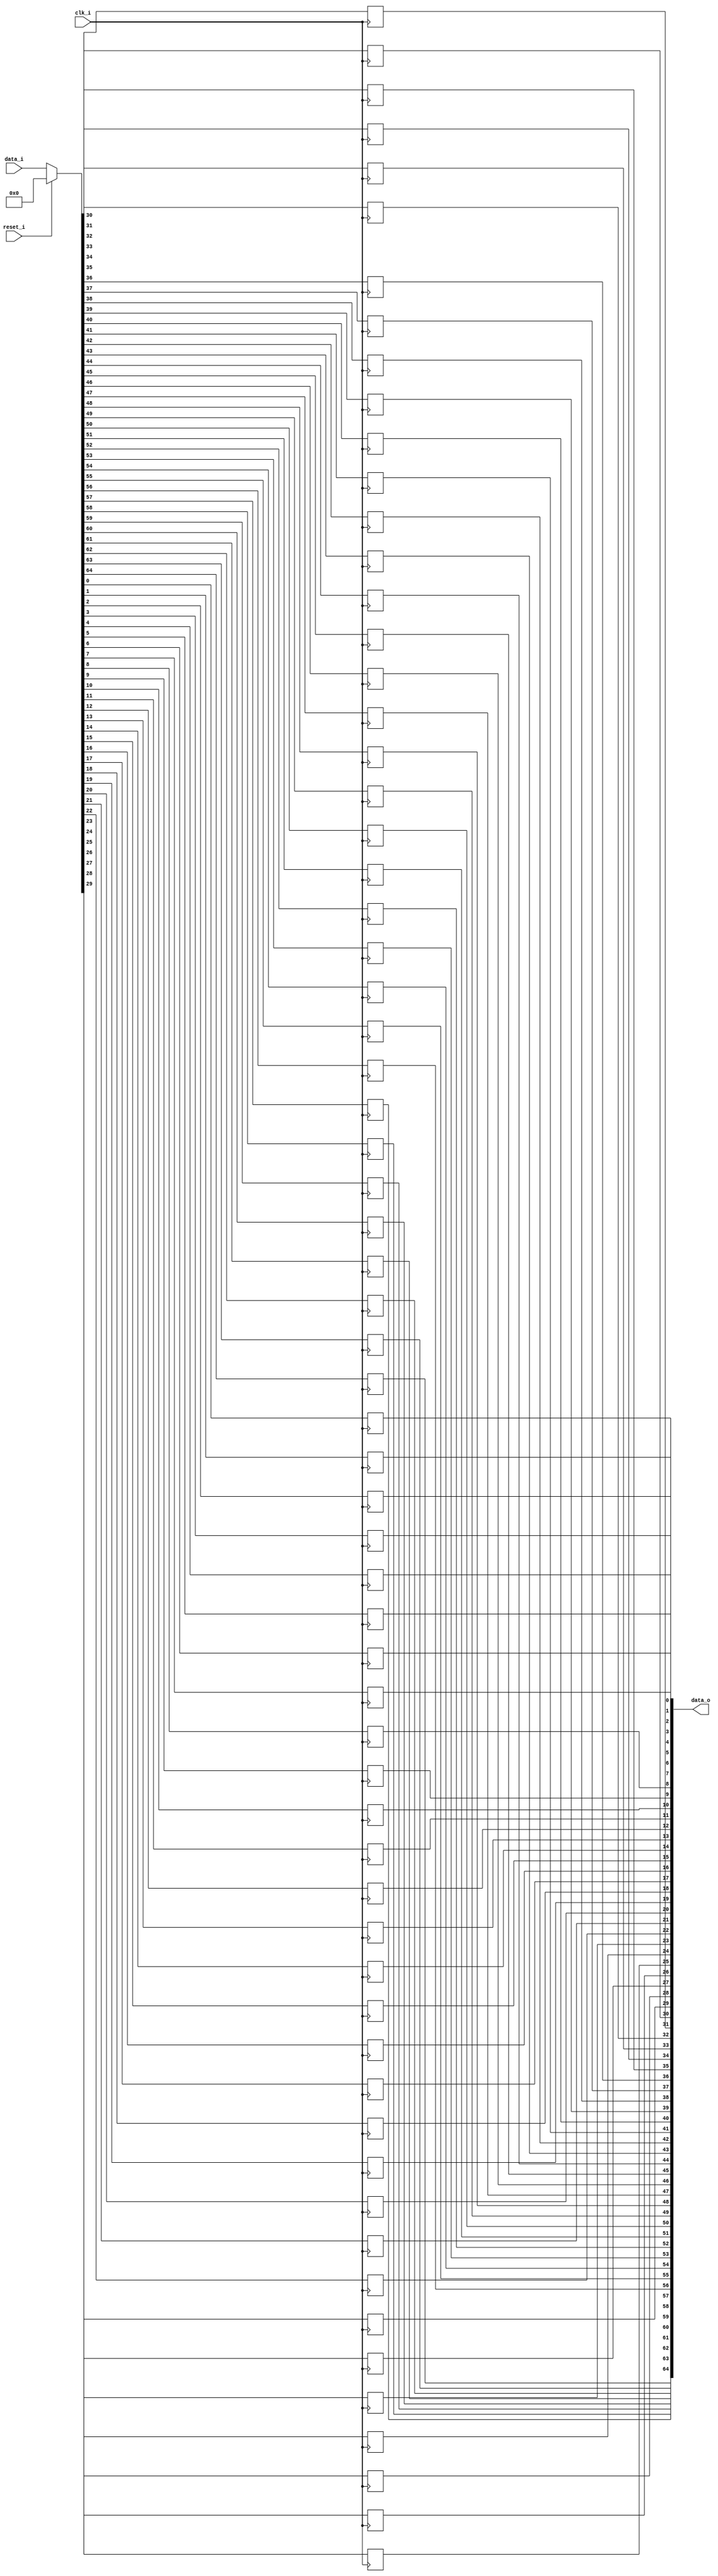
// This program was cloned from: https://github.com/NYU-MLDA/OpenABC
// License: BSD 3-Clause "New" or "Revised" License

module bsg_dff_reset_width_p65
(
  clk_i,
  reset_i,
  data_i,
  data_o
);

  input [64:0] data_i;
  output [64:0] data_o;
  input clk_i;
  input reset_i;
  wire [64:0] data_o;
  wire N0,N1,N2,N3,N4,N5,N6,N7,N8,N9,N10,N11,N12,N13,N14,N15,N16,N17,N18,N19,N20,N21,
  N22,N23,N24,N25,N26,N27,N28,N29,N30,N31,N32,N33,N34,N35,N36,N37,N38,N39,N40,N41,
  N42,N43,N44,N45,N46,N47,N48,N49,N50,N51,N52,N53,N54,N55,N56,N57,N58,N59,N60,N61,
  N62,N63,N64,N65,N66,N67;
  reg data_o_64_sv2v_reg,data_o_63_sv2v_reg,data_o_62_sv2v_reg,data_o_61_sv2v_reg,
  data_o_60_sv2v_reg,data_o_59_sv2v_reg,data_o_58_sv2v_reg,data_o_57_sv2v_reg,
  data_o_56_sv2v_reg,data_o_55_sv2v_reg,data_o_54_sv2v_reg,data_o_53_sv2v_reg,
  data_o_52_sv2v_reg,data_o_51_sv2v_reg,data_o_50_sv2v_reg,data_o_49_sv2v_reg,
  data_o_48_sv2v_reg,data_o_47_sv2v_reg,data_o_46_sv2v_reg,data_o_45_sv2v_reg,data_o_44_sv2v_reg,
  data_o_43_sv2v_reg,data_o_42_sv2v_reg,data_o_41_sv2v_reg,data_o_40_sv2v_reg,
  data_o_39_sv2v_reg,data_o_38_sv2v_reg,data_o_37_sv2v_reg,data_o_36_sv2v_reg,
  data_o_35_sv2v_reg,data_o_34_sv2v_reg,data_o_33_sv2v_reg,data_o_32_sv2v_reg,
  data_o_31_sv2v_reg,data_o_30_sv2v_reg,data_o_29_sv2v_reg,data_o_28_sv2v_reg,
  data_o_27_sv2v_reg,data_o_26_sv2v_reg,data_o_25_sv2v_reg,data_o_24_sv2v_reg,data_o_23_sv2v_reg,
  data_o_22_sv2v_reg,data_o_21_sv2v_reg,data_o_20_sv2v_reg,data_o_19_sv2v_reg,
  data_o_18_sv2v_reg,data_o_17_sv2v_reg,data_o_16_sv2v_reg,data_o_15_sv2v_reg,
  data_o_14_sv2v_reg,data_o_13_sv2v_reg,data_o_12_sv2v_reg,data_o_11_sv2v_reg,
  data_o_10_sv2v_reg,data_o_9_sv2v_reg,data_o_8_sv2v_reg,data_o_7_sv2v_reg,data_o_6_sv2v_reg,
  data_o_5_sv2v_reg,data_o_4_sv2v_reg,data_o_3_sv2v_reg,data_o_2_sv2v_reg,
  data_o_1_sv2v_reg,data_o_0_sv2v_reg;
  assign data_o[64] = data_o_64_sv2v_reg;
  assign data_o[63] = data_o_63_sv2v_reg;
  assign data_o[62] = data_o_62_sv2v_reg;
  assign data_o[61] = data_o_61_sv2v_reg;
  assign data_o[60] = data_o_60_sv2v_reg;
  assign data_o[59] = data_o_59_sv2v_reg;
  assign data_o[58] = data_o_58_sv2v_reg;
  assign data_o[57] = data_o_57_sv2v_reg;
  assign data_o[56] = data_o_56_sv2v_reg;
  assign data_o[55] = data_o_55_sv2v_reg;
  assign data_o[54] = data_o_54_sv2v_reg;
  assign data_o[53] = data_o_53_sv2v_reg;
  assign data_o[52] = data_o_52_sv2v_reg;
  assign data_o[51] = data_o_51_sv2v_reg;
  assign data_o[50] = data_o_50_sv2v_reg;
  assign data_o[49] = data_o_49_sv2v_reg;
  assign data_o[48] = data_o_48_sv2v_reg;
  assign data_o[47] = data_o_47_sv2v_reg;
  assign data_o[46] = data_o_46_sv2v_reg;
  assign data_o[45] = data_o_45_sv2v_reg;
  assign data_o[44] = data_o_44_sv2v_reg;
  assign data_o[43] = data_o_43_sv2v_reg;
  assign data_o[42] = data_o_42_sv2v_reg;
  assign data_o[41] = data_o_41_sv2v_reg;
  assign data_o[40] = data_o_40_sv2v_reg;
  assign data_o[39] = data_o_39_sv2v_reg;
  assign data_o[38] = data_o_38_sv2v_reg;
  assign data_o[37] = data_o_37_sv2v_reg;
  assign data_o[36] = data_o_36_sv2v_reg;
  assign data_o[35] = data_o_35_sv2v_reg;
  assign data_o[34] = data_o_34_sv2v_reg;
  assign data_o[33] = data_o_33_sv2v_reg;
  assign data_o[32] = data_o_32_sv2v_reg;
  assign data_o[31] = data_o_31_sv2v_reg;
  assign data_o[30] = data_o_30_sv2v_reg;
  assign data_o[29] = data_o_29_sv2v_reg;
  assign data_o[28] = data_o_28_sv2v_reg;
  assign data_o[27] = data_o_27_sv2v_reg;
  assign data_o[26] = data_o_26_sv2v_reg;
  assign data_o[25] = data_o_25_sv2v_reg;
  assign data_o[24] = data_o_24_sv2v_reg;
  assign data_o[23] = data_o_23_sv2v_reg;
  assign data_o[22] = data_o_22_sv2v_reg;
  assign data_o[21] = data_o_21_sv2v_reg;
  assign data_o[20] = data_o_20_sv2v_reg;
  assign data_o[19] = data_o_19_sv2v_reg;
  assign data_o[18] = data_o_18_sv2v_reg;
  assign data_o[17] = data_o_17_sv2v_reg;
  assign data_o[16] = data_o_16_sv2v_reg;
  assign data_o[15] = data_o_15_sv2v_reg;
  assign data_o[14] = data_o_14_sv2v_reg;
  assign data_o[13] = data_o_13_sv2v_reg;
  assign data_o[12] = data_o_12_sv2v_reg;
  assign data_o[11] = data_o_11_sv2v_reg;
  assign data_o[10] = data_o_10_sv2v_reg;
  assign data_o[9] = data_o_9_sv2v_reg;
  assign data_o[8] = data_o_8_sv2v_reg;
  assign data_o[7] = data_o_7_sv2v_reg;
  assign data_o[6] = data_o_6_sv2v_reg;
  assign data_o[5] = data_o_5_sv2v_reg;
  assign data_o[4] = data_o_4_sv2v_reg;
  assign data_o[3] = data_o_3_sv2v_reg;
  assign data_o[2] = data_o_2_sv2v_reg;
  assign data_o[1] = data_o_1_sv2v_reg;
  assign data_o[0] = data_o_0_sv2v_reg;

  always @(posedge clk_i) begin
    if(1'b1) begin
      data_o_64_sv2v_reg <= N67;
    end 
  end


  always @(posedge clk_i) begin
    if(1'b1) begin
      data_o_63_sv2v_reg <= N66;
    end 
  end


  always @(posedge clk_i) begin
    if(1'b1) begin
      data_o_62_sv2v_reg <= N65;
    end 
  end


  always @(posedge clk_i) begin
    if(1'b1) begin
      data_o_61_sv2v_reg <= N64;
    end 
  end


  always @(posedge clk_i) begin
    if(1'b1) begin
      data_o_60_sv2v_reg <= N63;
    end 
  end


  always @(posedge clk_i) begin
    if(1'b1) begin
      data_o_59_sv2v_reg <= N62;
    end 
  end


  always @(posedge clk_i) begin
    if(1'b1) begin
      data_o_58_sv2v_reg <= N61;
    end 
  end


  always @(posedge clk_i) begin
    if(1'b1) begin
      data_o_57_sv2v_reg <= N60;
    end 
  end


  always @(posedge clk_i) begin
    if(1'b1) begin
      data_o_56_sv2v_reg <= N59;
    end 
  end


  always @(posedge clk_i) begin
    if(1'b1) begin
      data_o_55_sv2v_reg <= N58;
    end 
  end


  always @(posedge clk_i) begin
    if(1'b1) begin
      data_o_54_sv2v_reg <= N57;
    end 
  end


  always @(posedge clk_i) begin
    if(1'b1) begin
      data_o_53_sv2v_reg <= N56;
    end 
  end


  always @(posedge clk_i) begin
    if(1'b1) begin
      data_o_52_sv2v_reg <= N55;
    end 
  end


  always @(posedge clk_i) begin
    if(1'b1) begin
      data_o_51_sv2v_reg <= N54;
    end 
  end


  always @(posedge clk_i) begin
    if(1'b1) begin
      data_o_50_sv2v_reg <= N53;
    end 
  end


  always @(posedge clk_i) begin
    if(1'b1) begin
      data_o_49_sv2v_reg <= N52;
    end 
  end


  always @(posedge clk_i) begin
    if(1'b1) begin
      data_o_48_sv2v_reg <= N51;
    end 
  end


  always @(posedge clk_i) begin
    if(1'b1) begin
      data_o_47_sv2v_reg <= N50;
    end 
  end


  always @(posedge clk_i) begin
    if(1'b1) begin
      data_o_46_sv2v_reg <= N49;
    end 
  end


  always @(posedge clk_i) begin
    if(1'b1) begin
      data_o_45_sv2v_reg <= N48;
    end 
  end


  always @(posedge clk_i) begin
    if(1'b1) begin
      data_o_44_sv2v_reg <= N47;
    end 
  end


  always @(posedge clk_i) begin
    if(1'b1) begin
      data_o_43_sv2v_reg <= N46;
    end 
  end


  always @(posedge clk_i) begin
    if(1'b1) begin
      data_o_42_sv2v_reg <= N45;
    end 
  end


  always @(posedge clk_i) begin
    if(1'b1) begin
      data_o_41_sv2v_reg <= N44;
    end 
  end


  always @(posedge clk_i) begin
    if(1'b1) begin
      data_o_40_sv2v_reg <= N43;
    end 
  end


  always @(posedge clk_i) begin
    if(1'b1) begin
      data_o_39_sv2v_reg <= N42;
    end 
  end


  always @(posedge clk_i) begin
    if(1'b1) begin
      data_o_38_sv2v_reg <= N41;
    end 
  end


  always @(posedge clk_i) begin
    if(1'b1) begin
      data_o_37_sv2v_reg <= N40;
    end 
  end


  always @(posedge clk_i) begin
    if(1'b1) begin
      data_o_36_sv2v_reg <= N39;
    end 
  end


  always @(posedge clk_i) begin
    if(1'b1) begin
      data_o_35_sv2v_reg <= N38;
    end 
  end


  always @(posedge clk_i) begin
    if(1'b1) begin
      data_o_34_sv2v_reg <= N37;
    end 
  end


  always @(posedge clk_i) begin
    if(1'b1) begin
      data_o_33_sv2v_reg <= N36;
    end 
  end


  always @(posedge clk_i) begin
    if(1'b1) begin
      data_o_32_sv2v_reg <= N35;
    end 
  end


  always @(posedge clk_i) begin
    if(1'b1) begin
      data_o_31_sv2v_reg <= N34;
    end 
  end


  always @(posedge clk_i) begin
    if(1'b1) begin
      data_o_30_sv2v_reg <= N33;
    end 
  end


  always @(posedge clk_i) begin
    if(1'b1) begin
      data_o_29_sv2v_reg <= N32;
    end 
  end


  always @(posedge clk_i) begin
    if(1'b1) begin
      data_o_28_sv2v_reg <= N31;
    end 
  end


  always @(posedge clk_i) begin
    if(1'b1) begin
      data_o_27_sv2v_reg <= N30;
    end 
  end


  always @(posedge clk_i) begin
    if(1'b1) begin
      data_o_26_sv2v_reg <= N29;
    end 
  end


  always @(posedge clk_i) begin
    if(1'b1) begin
      data_o_25_sv2v_reg <= N28;
    end 
  end


  always @(posedge clk_i) begin
    if(1'b1) begin
      data_o_24_sv2v_reg <= N27;
    end 
  end


  always @(posedge clk_i) begin
    if(1'b1) begin
      data_o_23_sv2v_reg <= N26;
    end 
  end


  always @(posedge clk_i) begin
    if(1'b1) begin
      data_o_22_sv2v_reg <= N25;
    end 
  end


  always @(posedge clk_i) begin
    if(1'b1) begin
      data_o_21_sv2v_reg <= N24;
    end 
  end


  always @(posedge clk_i) begin
    if(1'b1) begin
      data_o_20_sv2v_reg <= N23;
    end 
  end


  always @(posedge clk_i) begin
    if(1'b1) begin
      data_o_19_sv2v_reg <= N22;
    end 
  end


  always @(posedge clk_i) begin
    if(1'b1) begin
      data_o_18_sv2v_reg <= N21;
    end 
  end


  always @(posedge clk_i) begin
    if(1'b1) begin
      data_o_17_sv2v_reg <= N20;
    end 
  end


  always @(posedge clk_i) begin
    if(1'b1) begin
      data_o_16_sv2v_reg <= N19;
    end 
  end


  always @(posedge clk_i) begin
    if(1'b1) begin
      data_o_15_sv2v_reg <= N18;
    end 
  end


  always @(posedge clk_i) begin
    if(1'b1) begin
      data_o_14_sv2v_reg <= N17;
    end 
  end


  always @(posedge clk_i) begin
    if(1'b1) begin
      data_o_13_sv2v_reg <= N16;
    end 
  end


  always @(posedge clk_i) begin
    if(1'b1) begin
      data_o_12_sv2v_reg <= N15;
    end 
  end


  always @(posedge clk_i) begin
    if(1'b1) begin
      data_o_11_sv2v_reg <= N14;
    end 
  end


  always @(posedge clk_i) begin
    if(1'b1) begin
      data_o_10_sv2v_reg <= N13;
    end 
  end


  always @(posedge clk_i) begin
    if(1'b1) begin
      data_o_9_sv2v_reg <= N12;
    end 
  end


  always @(posedge clk_i) begin
    if(1'b1) begin
      data_o_8_sv2v_reg <= N11;
    end 
  end


  always @(posedge clk_i) begin
    if(1'b1) begin
      data_o_7_sv2v_reg <= N10;
    end 
  end


  always @(posedge clk_i) begin
    if(1'b1) begin
      data_o_6_sv2v_reg <= N9;
    end 
  end


  always @(posedge clk_i) begin
    if(1'b1) begin
      data_o_5_sv2v_reg <= N8;
    end 
  end


  always @(posedge clk_i) begin
    if(1'b1) begin
      data_o_4_sv2v_reg <= N7;
    end 
  end


  always @(posedge clk_i) begin
    if(1'b1) begin
      data_o_3_sv2v_reg <= N6;
    end 
  end


  always @(posedge clk_i) begin
    if(1'b1) begin
      data_o_2_sv2v_reg <= N5;
    end 
  end


  always @(posedge clk_i) begin
    if(1'b1) begin
      data_o_1_sv2v_reg <= N4;
    end 
  end


  always @(posedge clk_i) begin
    if(1'b1) begin
      data_o_0_sv2v_reg <= N3;
    end 
  end

  assign { N67, N66, N65, N64, N63, N62, N61, N60, N59, N58, N57, N56, N55, N54, N53, N52, N51, N50, N49, N48, N47, N46, N45, N44, N43, N42, N41, N40, N39, N38, N37, N36, N35, N34, N33, N32, N31, N30, N29, N28, N27, N26, N25, N24, N23, N22, N21, N20, N19, N18, N17, N16, N15, N14, N13, N12, N11, N10, N9, N8, N7, N6, N5, N4, N3 } = (N0)? { 1'b0, 1'b0, 1'b0, 1'b0, 1'b0, 1'b0, 1'b0, 1'b0, 1'b0, 1'b0, 1'b0, 1'b0, 1'b0, 1'b0, 1'b0, 1'b0, 1'b0, 1'b0, 1'b0, 1'b0, 1'b0, 1'b0, 1'b0, 1'b0, 1'b0, 1'b0, 1'b0, 1'b0, 1'b0, 1'b0, 1'b0, 1'b0, 1'b0, 1'b0, 1'b0, 1'b0, 1'b0, 1'b0, 1'b0, 1'b0, 1'b0, 1'b0, 1'b0, 1'b0, 1'b0, 1'b0, 1'b0, 1'b0, 1'b0, 1'b0, 1'b0, 1'b0, 1'b0, 1'b0, 1'b0, 1'b0, 1'b0, 1'b0, 1'b0, 1'b0, 1'b0, 1'b0, 1'b0, 1'b0, 1'b0 } : 
                                                                                                                                                                                                                                                                                                                                            (N1)? data_i : 1'b0;
  assign N0 = reset_i;
  assign N1 = N2;
  assign N2 = ~reset_i;

endmodule